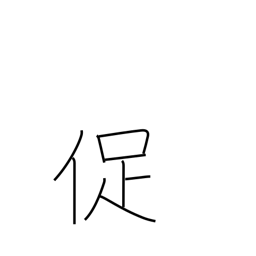
Meaning: urge